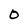
Character: O